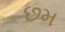
છમ